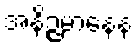
အနိဉ္ဇမာနေန